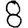
Digit: 8